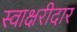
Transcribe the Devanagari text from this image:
स्वाक्षरीदार